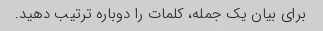
برای بیان یک جمله، کلمات را دوباره ترتیب دهید.